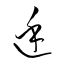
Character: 廷